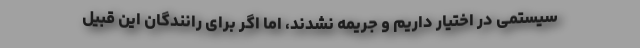
سیستمی در اختیار داریم و جریمه نشدند، اما اگر برای رانندگان این قبیل